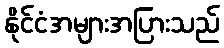
နိုင်ငံအများအပြားသည်